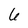
Character: 6